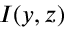
I ( y , z )